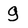
Character: g